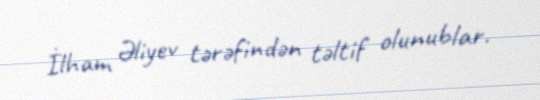
İlham Əliyev tərəfindən təltif olunublar.